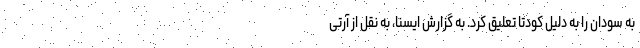
به سودان را به دلیل کودتا تعلیق کرد. به گزارش ایسنا، به نقل از آرتی